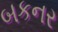
બકનર